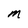
Character: m